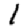
Digit: 1